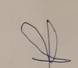
Signature authenticity: forged